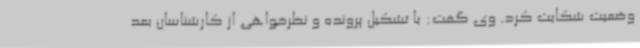
وضعیت شکایت کرد. وی گفت: با تشکیل پرونده و نظرخواهی از کارشناسان بعد